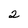
Character: 2